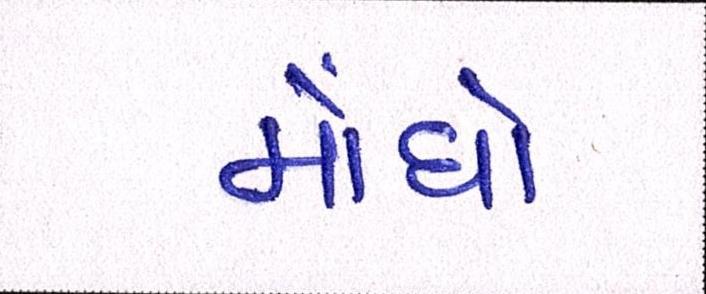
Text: મોંધો